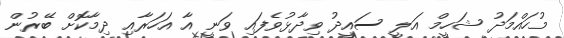
މުހައްމަދު ޝަހީމް އަލީ ސައީދު ވިދާޅުވެފައި ވަނީ އާ އަހަރާއި ދިމާކޮށް ބޭރުން